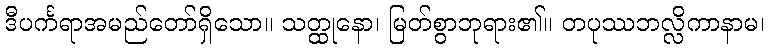
ဒီပင်္ကရာအမည်တော်ရှိသော။ သတ္ထုနော၊ မြတ်စွာဘုရား၏။ တပုဿဘလ္လိကာနာမ၊